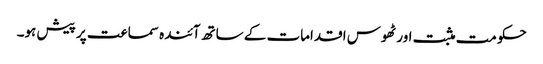
حکومت مثبت اور ٹھوس اقدامات کے ساتھ آئندہ سماعت پر پیش ہو۔